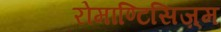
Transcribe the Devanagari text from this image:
रोमाण्टिसिज़्म